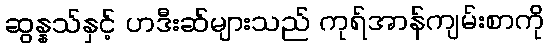
ဆွန္နသ်နှင့် ဟဒီးဆ်များသည် ကုရ်အာန်ကျမ်းစာကို